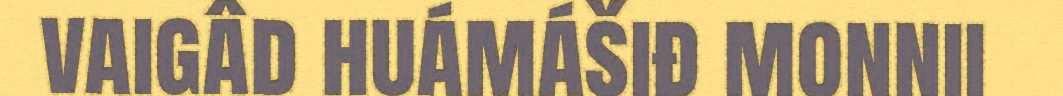
vaigâd huámášiđ monnii